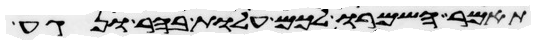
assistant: תאמר השמרו לכם עלות בהר ונגע